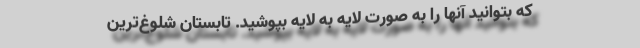
که بتوانید آنها را به صورت لایه به لایه بپوشید. تابستان شلوغ‌ترین